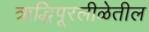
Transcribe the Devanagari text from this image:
ऋद्धिपूरलीळेतील